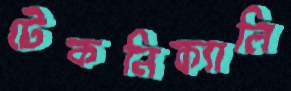
টেকনিক্যালি